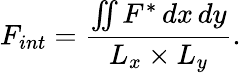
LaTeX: F_{int}=\frac{\iint F^{*}\, dx\, dy}{L_{x}\times L_{y}}.